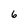
Character: 6